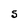
Character: S